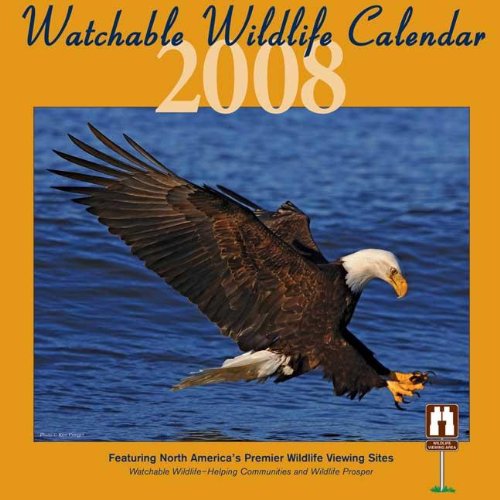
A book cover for Watchable Wildlife Calendar: Featuring North America's Premier Wildlife Viewing Sites; Travel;